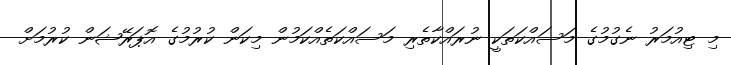
މި ޓިއުމަރު ނެގުމުގެ މަސައްކަތަކީ ނުރައްކާތެރި މަސައްކަތެއްކަމުން މިކަން ކުރުމުގެ އޮޕަރޭޝަން ކުރުމަށް